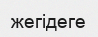
жегідеге